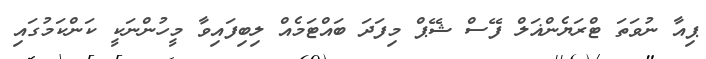
ޕިއާ ނުވަތަ ޓްރަޔެންޣަލް ފޭސް ޝޭޕް މިފަދަ ބައްޓަމެއް ލިބިފައިވާ މީހުންނަކީ ކަންކަމުގައި